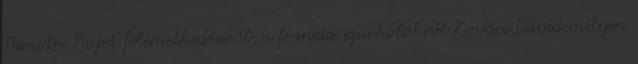
Dimitri Payet felemelkedéséről, a francia szurkolókról Kovács Dávid milyen